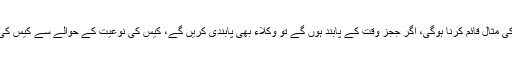
فاضل جج کا کہنا تھا کہ پائلٹ پراجیکٹ کے تحت جوڈیشل افسران کو انصاف کی مثال قائم کرنا ہوگی، اگر ججز وقت کے پابند ہوں گے تو وکلاء بھی پابندی کریں گے، کیس کی نوعیت کے حوالے سے کیس کی تاریخ دی جائے، ایسا نہیں ہونا چاہیے کہ تمام مقدمات ملتوی کر دیئے جائیں۔